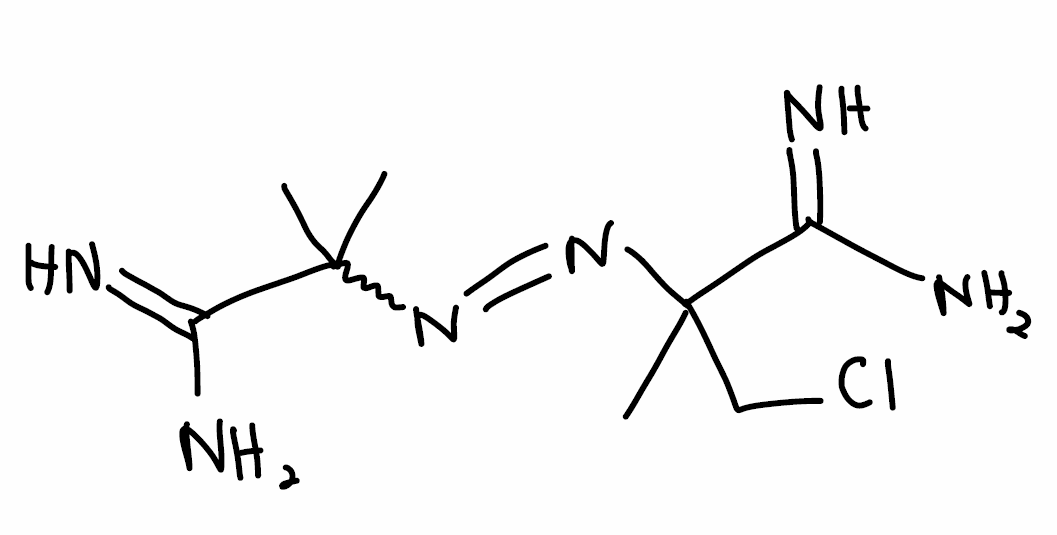
Simplified molecular-input line-entry system (SMILES) notation of the given molecule:
CC(C)(C(=N)N)N=NC(C)(CCl)C(=N)N